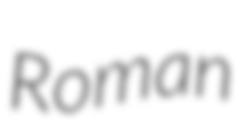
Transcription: Roman